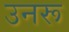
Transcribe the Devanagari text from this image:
उनरू